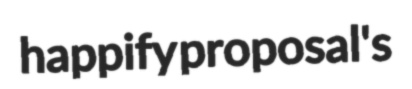
happify proposal's